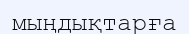
мыңдықтарға